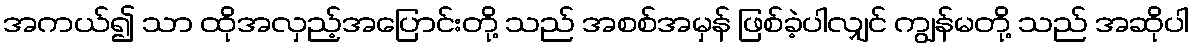
အကယ်၍ သာ ထိုအလှည့်အပြောင်းတို့ သည် အစစ်အမှန် ဖြစ်ခဲ့ပါလျှင် ကျွန်မတို့ သည် အဆိုပါ